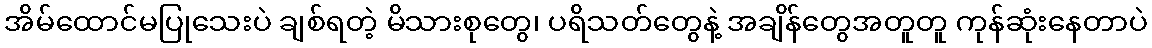
အိမ်ထောင်မပြုသေးပဲ ချစ်ရတဲ့ မိသားစုတွေ၊ ပရိသတ်တွေနဲ့ အချိန်တွေအတူတူ ကုန်ဆုံးနေတာပဲ